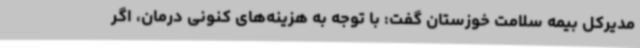
مدیرکل بیمه سلامت خوزستان گفت: با توجه به هزینه‌های کنونی درمان، اگر